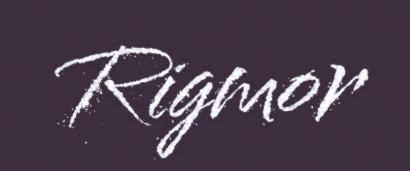
Rigmor